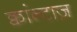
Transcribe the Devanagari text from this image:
क्वांन्टाज़